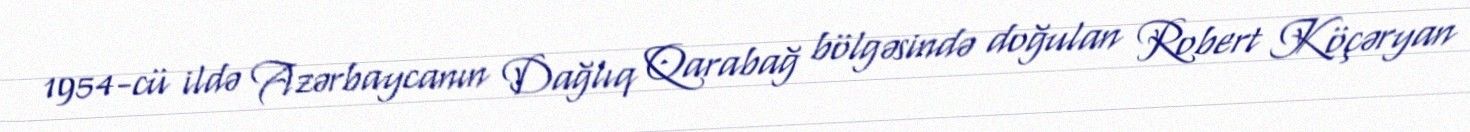
1954-cü ildə Azərbaycanın Dağlıq Qarabağ bölgəsində doğulan Robert Köçəryan